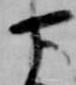
下